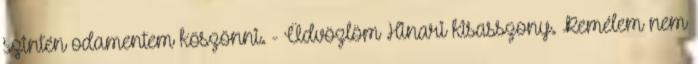
szintén odamentem köszönni. - Üdvözlöm Hinari kisasszony. Remélem nem